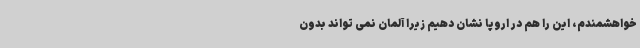
خواهشمندم، این را هم در اروپا نشان دهیم زیرا آلمان نمی تواند بدون